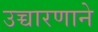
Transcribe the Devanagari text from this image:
उच्चारणाने